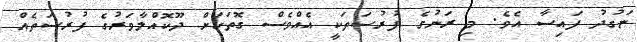
ނަގުދު ފައިސާ އެވެ. މި ރަނުގެ ފުރުސަތަކީ އެއްވެސް ގޮތަކަށް ދޫކޮއްލާވަރުގެ ފުރުސަތެއް